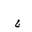
Letter: _gim